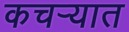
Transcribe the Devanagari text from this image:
कचर्‍यात